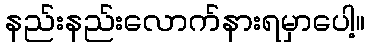
နည်းနည်းလောက်နားရမှာပေါ့။